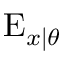
\operatorname { E } _ { x \mid \theta }